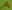
Text: A